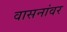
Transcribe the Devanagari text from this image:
वासनांवर